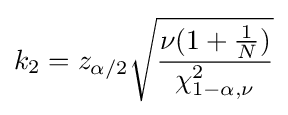
k_{2}=z_{\alpha /2}{\sqrt {\frac {\nu (1+{\frac {1}{N}})}{\chi _{1-\alpha ,\nu }^{2}}}}